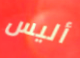
أليس